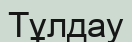
Тұлдау